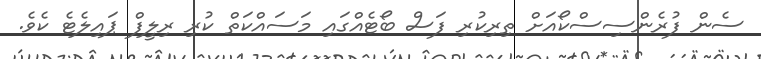
ސެން ފުރެންސިސްކޯއަށް ތިރިކުރި ފަސް ބޯޓެއްގައި މަސައްކަތް ކުރި ރިލީފް ޕައިލެޓެ ކެވެ.